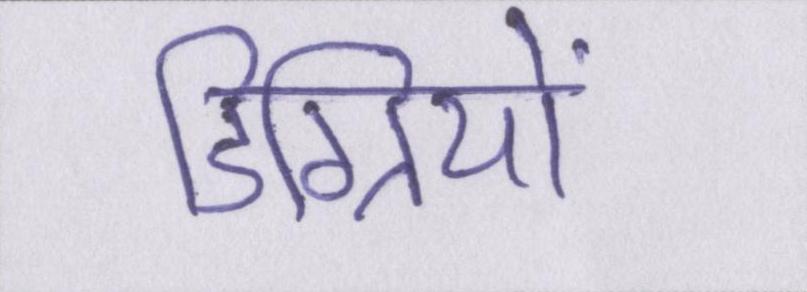
डिग्रियों